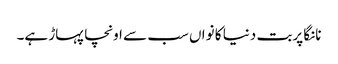
نانگا پربت دنیا کا نواں سب سے اونچا پہاڑ ہے۔